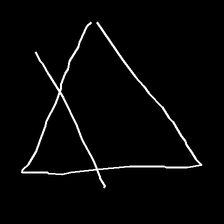
Glyph: empower